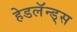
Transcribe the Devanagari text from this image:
हेडलॅन्ड्‌स